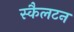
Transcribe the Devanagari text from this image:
स्कैलटन